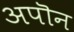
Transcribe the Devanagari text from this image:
अपॊन